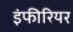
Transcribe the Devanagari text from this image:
इंफीरियर